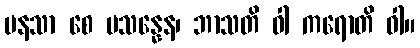
မနသာ စေ ပသန္နေန၊ ဘာသတိ ဝါ ကရောတိ ဝါ။